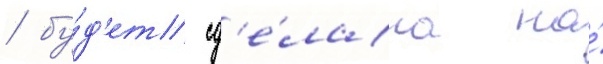
/ бу́д'ет сд'е́лана на́